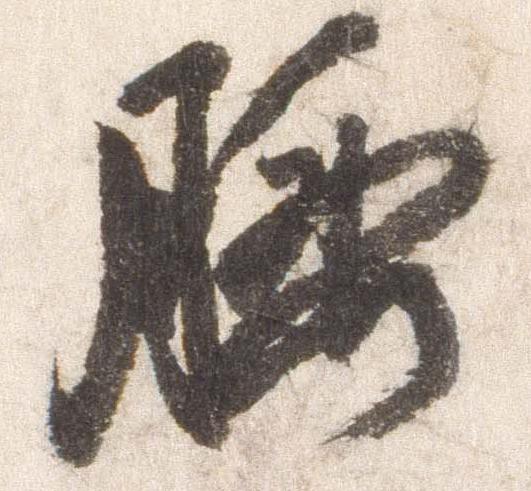
腰